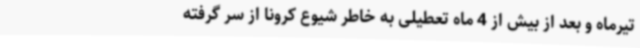
تیرماه و بعد از بیش از 4 ماه تعطیلی به خاطر شیوع کرونا از سر گرفته